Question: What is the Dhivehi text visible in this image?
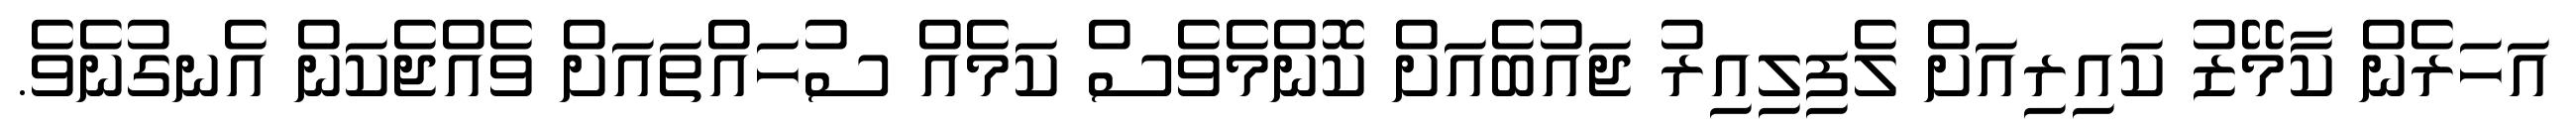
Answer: އަހަރެން ކާމޭޒު ކައިރިއަށް ލެފިލިއިރު ޖައުބެއަށް ކޮންމެވެސް ކަމެއް ސުހައްތައަށް ވެއްޖެކަން އެނގުނެވެ.